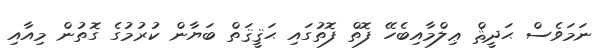
ނަމަވެސް ޙަދީޘް ޢިލްމާއިބެހޭ ފޮތް ފޮތުގައި ޙަޤީޤަތް ބަޔާން ކުރުމުގެ ގޮތުން މިއާއި